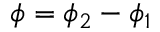
\phi = \phi _ { 2 } - \phi _ { 1 }